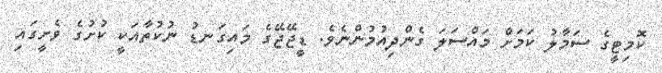
ކޮމިޓީގެ ސަމާލު ކަމަށް މައްސަލަ ގެންދިއުމުންނެވެ. ޑީޖޭޖޭގެ މައިގަނޑު ނުކުތާއަކީ ކުށުގެ ވެށީގައި